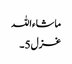
ماشاءاللہ
غزل 5۔